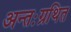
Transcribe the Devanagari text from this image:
अन्तःग्रथित